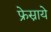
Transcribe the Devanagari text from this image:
फ्रेस्नाये